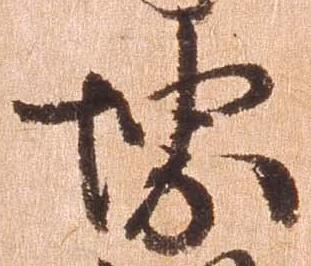
堺